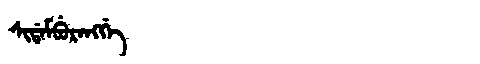
Manchu: ᠰᡳᡩᠠᠮᠪᡠᡵᠠᠩᡤᡝ
Romanization: SIDAMBURANGGE